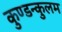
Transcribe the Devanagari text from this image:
कुण्डन्कुलम